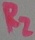
Text: R2